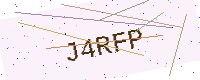
Text: J4RFP